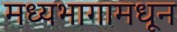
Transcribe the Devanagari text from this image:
मध्यभागामधून